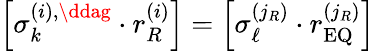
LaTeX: \left[\sigma_{k}^{\left(i\right),\ddag}\cdot r_{R}^{\left(i\right)}\right]=\left[\sigma_{\ell}^{\left(j_{R}\right)}\cdot r_{\mathrm{EQ}}^{\left(j_{R}\right)}\right]